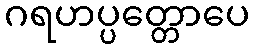
ဂရဟပ္ပတ္တောပေ